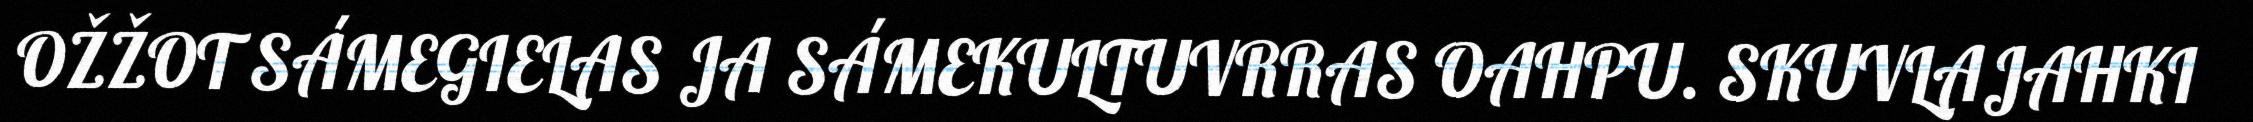
OŽŽOT SÁMEGIELAS JA SÁMEKULTUVRRAS OAHPU. SKUVLAJAHKI